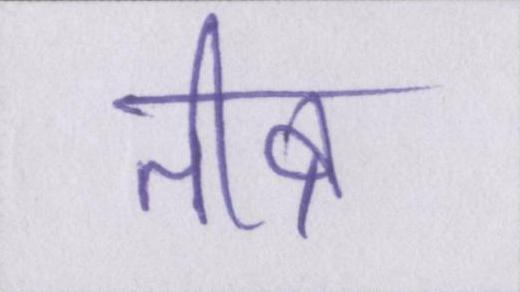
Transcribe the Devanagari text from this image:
तीव्र